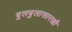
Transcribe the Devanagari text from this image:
बुलबुलासारखी